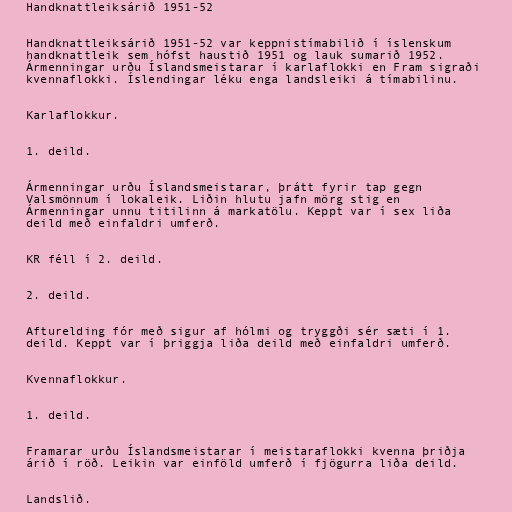
Handknattleiksárið 1951-52

Handknattleiksárið 1951-52 var keppnistímabilið í íslenskum
handknattleik sem hófst haustið 1951 og lauk sumarið 1952.
Ármenningar urðu Íslandsmeistarar í karlaflokki en Fram sigraði
kvennaflokki. Íslendingar léku enga landsleiki á tímabilinu.

Karlaflokkur.

1. deild.

Ármenningar urðu Íslandsmeistarar, þrátt fyrir tap gegn
Valsmönnum í lokaleik. Liðin hlutu jafn mörg stig en
Ármenningar unnu titilinn á markatölu. Keppt var í sex liða
deild með einfaldri umferð.

KR féll í 2. deild.

2. deild.

Afturelding fór með sigur af hólmi og tryggði sér sæti í 1.
deild. Keppt var í þriggja liða deild með einfaldri umferð.

Kvennaflokkur.

1. deild.

Framarar urðu Íslandsmeistarar í meistaraflokki kvenna þriðja
árið í röð. Leikin var einföld umferð í fjögurra liða deild.

Landslið.